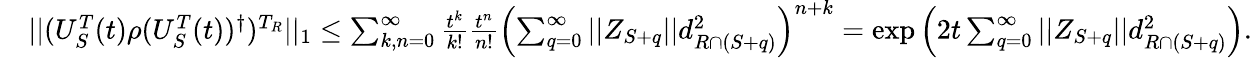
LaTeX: \begin{array}{rl}&{||(U_{S}^{T}(t)\rho(U_{S}^{T}(t))^{\dagger})^{T_{R}}||_{1}\leq\sum_{k,n=0}^{\infty}\frac{t^{k}}{k!}\frac{t^{n}}{n!}\left(\sum_{q=0}^{\infty}||Z_{S+q}||d_{R\cap(S+q)}^{2}\right)^{n+k}=\exp\left(2t\sum_{q=0}^{\infty}||Z_{S+q}||d_{R\cap(S+q)}^{2}\right).}\end{array}